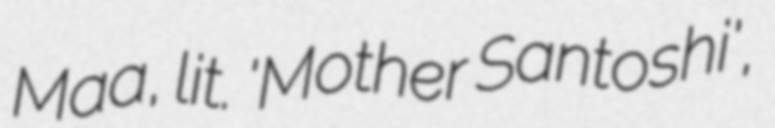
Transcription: Maa, lit. 'Mother Santoshi',